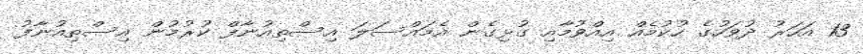
13 އަހަރު ދުވަހުގެ ހުކުމެއް އިއްވުމާއި ގުޅިގެން އެމައްސަލަ އިސްތިއުނާފް ކުރުމުން އިސްތިއުނާފު